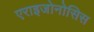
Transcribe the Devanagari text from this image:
एराइजोनोसिस